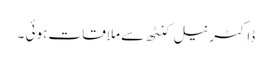
ڈاکٹر نیل کنٹھ سے ملاقات ہوئی ۔